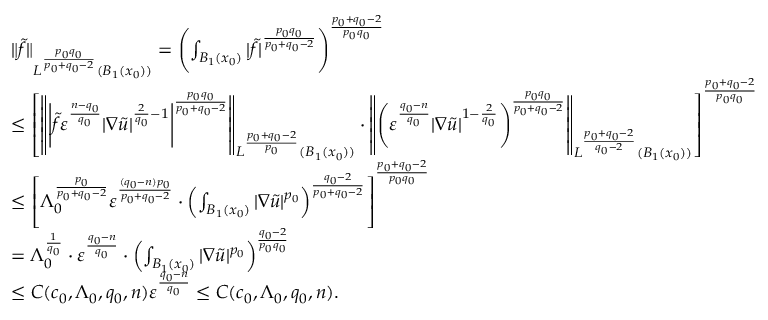
\begin{array} { r l } & { \| \tilde { f } \| _ { L ^ { \frac { p _ { 0 } q _ { 0 } } { p _ { 0 } + q _ { 0 } - 2 } } ( B _ { 1 } ( x _ { 0 } ) ) } = \left( \int _ { B _ { 1 } ( x _ { 0 } ) } | \tilde { f } | ^ { \frac { p _ { 0 } q _ { 0 } } { p _ { 0 } + q _ { 0 } - 2 } } \right) ^ { \frac { p _ { 0 } + q _ { 0 } - 2 } { p _ { 0 } q _ { 0 } } } } \\ & { \leq \left[ \left\| \left| \tilde { f } \varepsilon ^ { \frac { n - q _ { 0 } } { q _ { 0 } } } | \nabla \tilde { u } | ^ { \frac { 2 } { q _ { 0 } } - 1 } \right| ^ { \frac { p _ { 0 } q _ { 0 } } { p _ { 0 } + q _ { 0 } - 2 } } \right\| _ { L ^ { \frac { p _ { 0 } + q _ { 0 } - 2 } { p _ { 0 } } } ( B _ { 1 } ( x _ { 0 } ) ) } \cdot \left\| \left( \varepsilon ^ { \frac { q _ { 0 } - n } { q _ { 0 } } } | \nabla \tilde { u } | ^ { 1 - \frac { 2 } { q _ { 0 } } } \right) ^ { \frac { p _ { 0 } q _ { 0 } } { p _ { 0 } + q _ { 0 } - 2 } } \right\| _ { L ^ { \frac { p _ { 0 } + q _ { 0 } - 2 } { q _ { 0 } - 2 } } ( B _ { 1 } ( x _ { 0 } ) ) } \right] ^ { \frac { p _ { 0 } + q _ { 0 } - 2 } { p _ { 0 } q _ { 0 } } } } \\ & { \leq \left[ \Lambda _ { 0 } ^ { \frac { p _ { 0 } } { p _ { 0 } + q _ { 0 } - 2 } } \varepsilon ^ { \frac { ( q _ { 0 } - n ) p _ { 0 } } { p _ { 0 } + q _ { 0 } - 2 } } \cdot \left( \int _ { B _ { 1 } ( x _ { 0 } ) } | \nabla \tilde { u } | ^ { p _ { 0 } } \right) ^ { \frac { q _ { 0 } - 2 } { p _ { 0 } + q _ { 0 } - 2 } } \right] ^ { \frac { p _ { 0 } + q _ { 0 } - 2 } { p _ { 0 } q _ { 0 } } } } \\ & { = \Lambda _ { 0 } ^ { \frac { 1 } { q _ { 0 } } } \cdot \varepsilon ^ { \frac { q _ { 0 } - n } { q _ { 0 } } } \cdot \left( \int _ { B _ { 1 } ( x _ { 0 } ) } | \nabla \tilde { u } | ^ { p _ { 0 } } \right) ^ { \frac { q _ { 0 } - 2 } { p _ { 0 } q _ { 0 } } } } \\ & { \leq C ( c _ { 0 } , \Lambda _ { 0 } , q _ { 0 } , n ) \varepsilon ^ { \frac { q _ { 0 } - n } { q _ { 0 } } } \leq C ( c _ { 0 } , \Lambda _ { 0 } , q _ { 0 } , n ) . } \end{array}